Annual report of the Madras Medical College
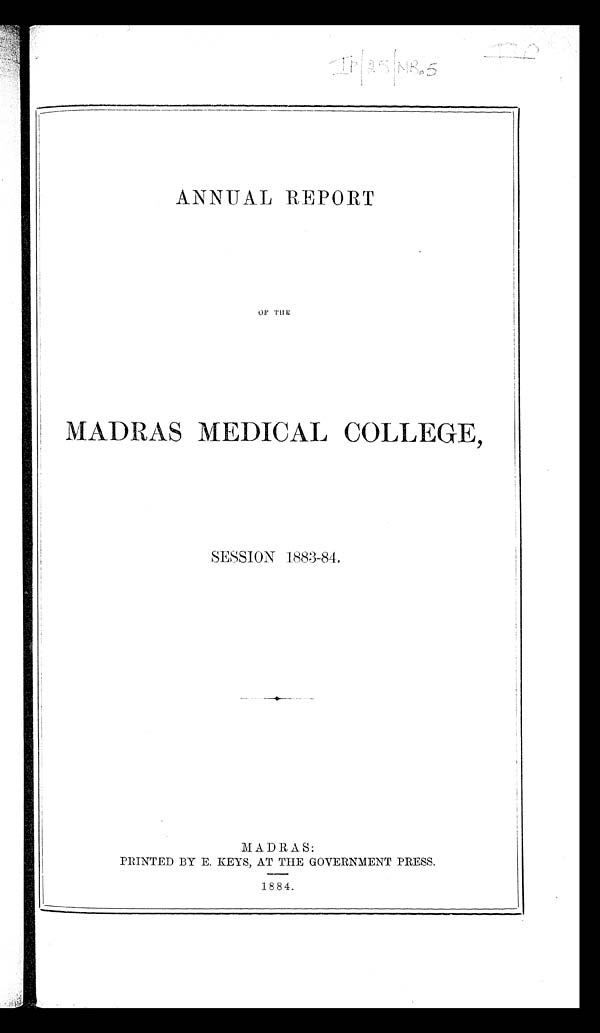
ANNUAL REPORT
OF THE
MADRAS MEDICAL COLLEGE,
SESSION
1883-84.
MADRAS:
PRINTED BY E. KEYS, AT THE GOVERNMENT PRESS.
1884.